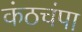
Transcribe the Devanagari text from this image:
कंठचंपा